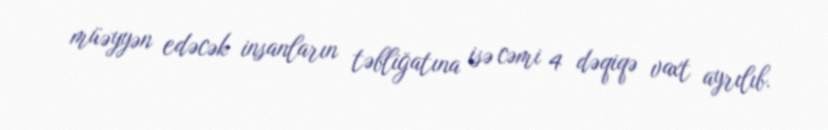
müəyyən edəcək insanların təbliğatına isə cəmi 4 dəqiqə vaxt ayrılıb.